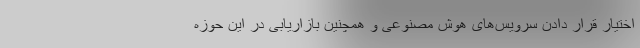
اختیار قرار دادن سرویس‌های هوش مصنوعی و همچنین بازاریابی در این حوزه